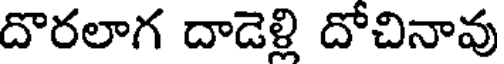
దొరలాగ దాడెళ్లి దోచినావు